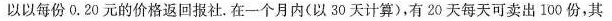
可以以每份0.20元的价格返回报社。在一个月内(以30天计算)，有20天每天可卖出100份，其